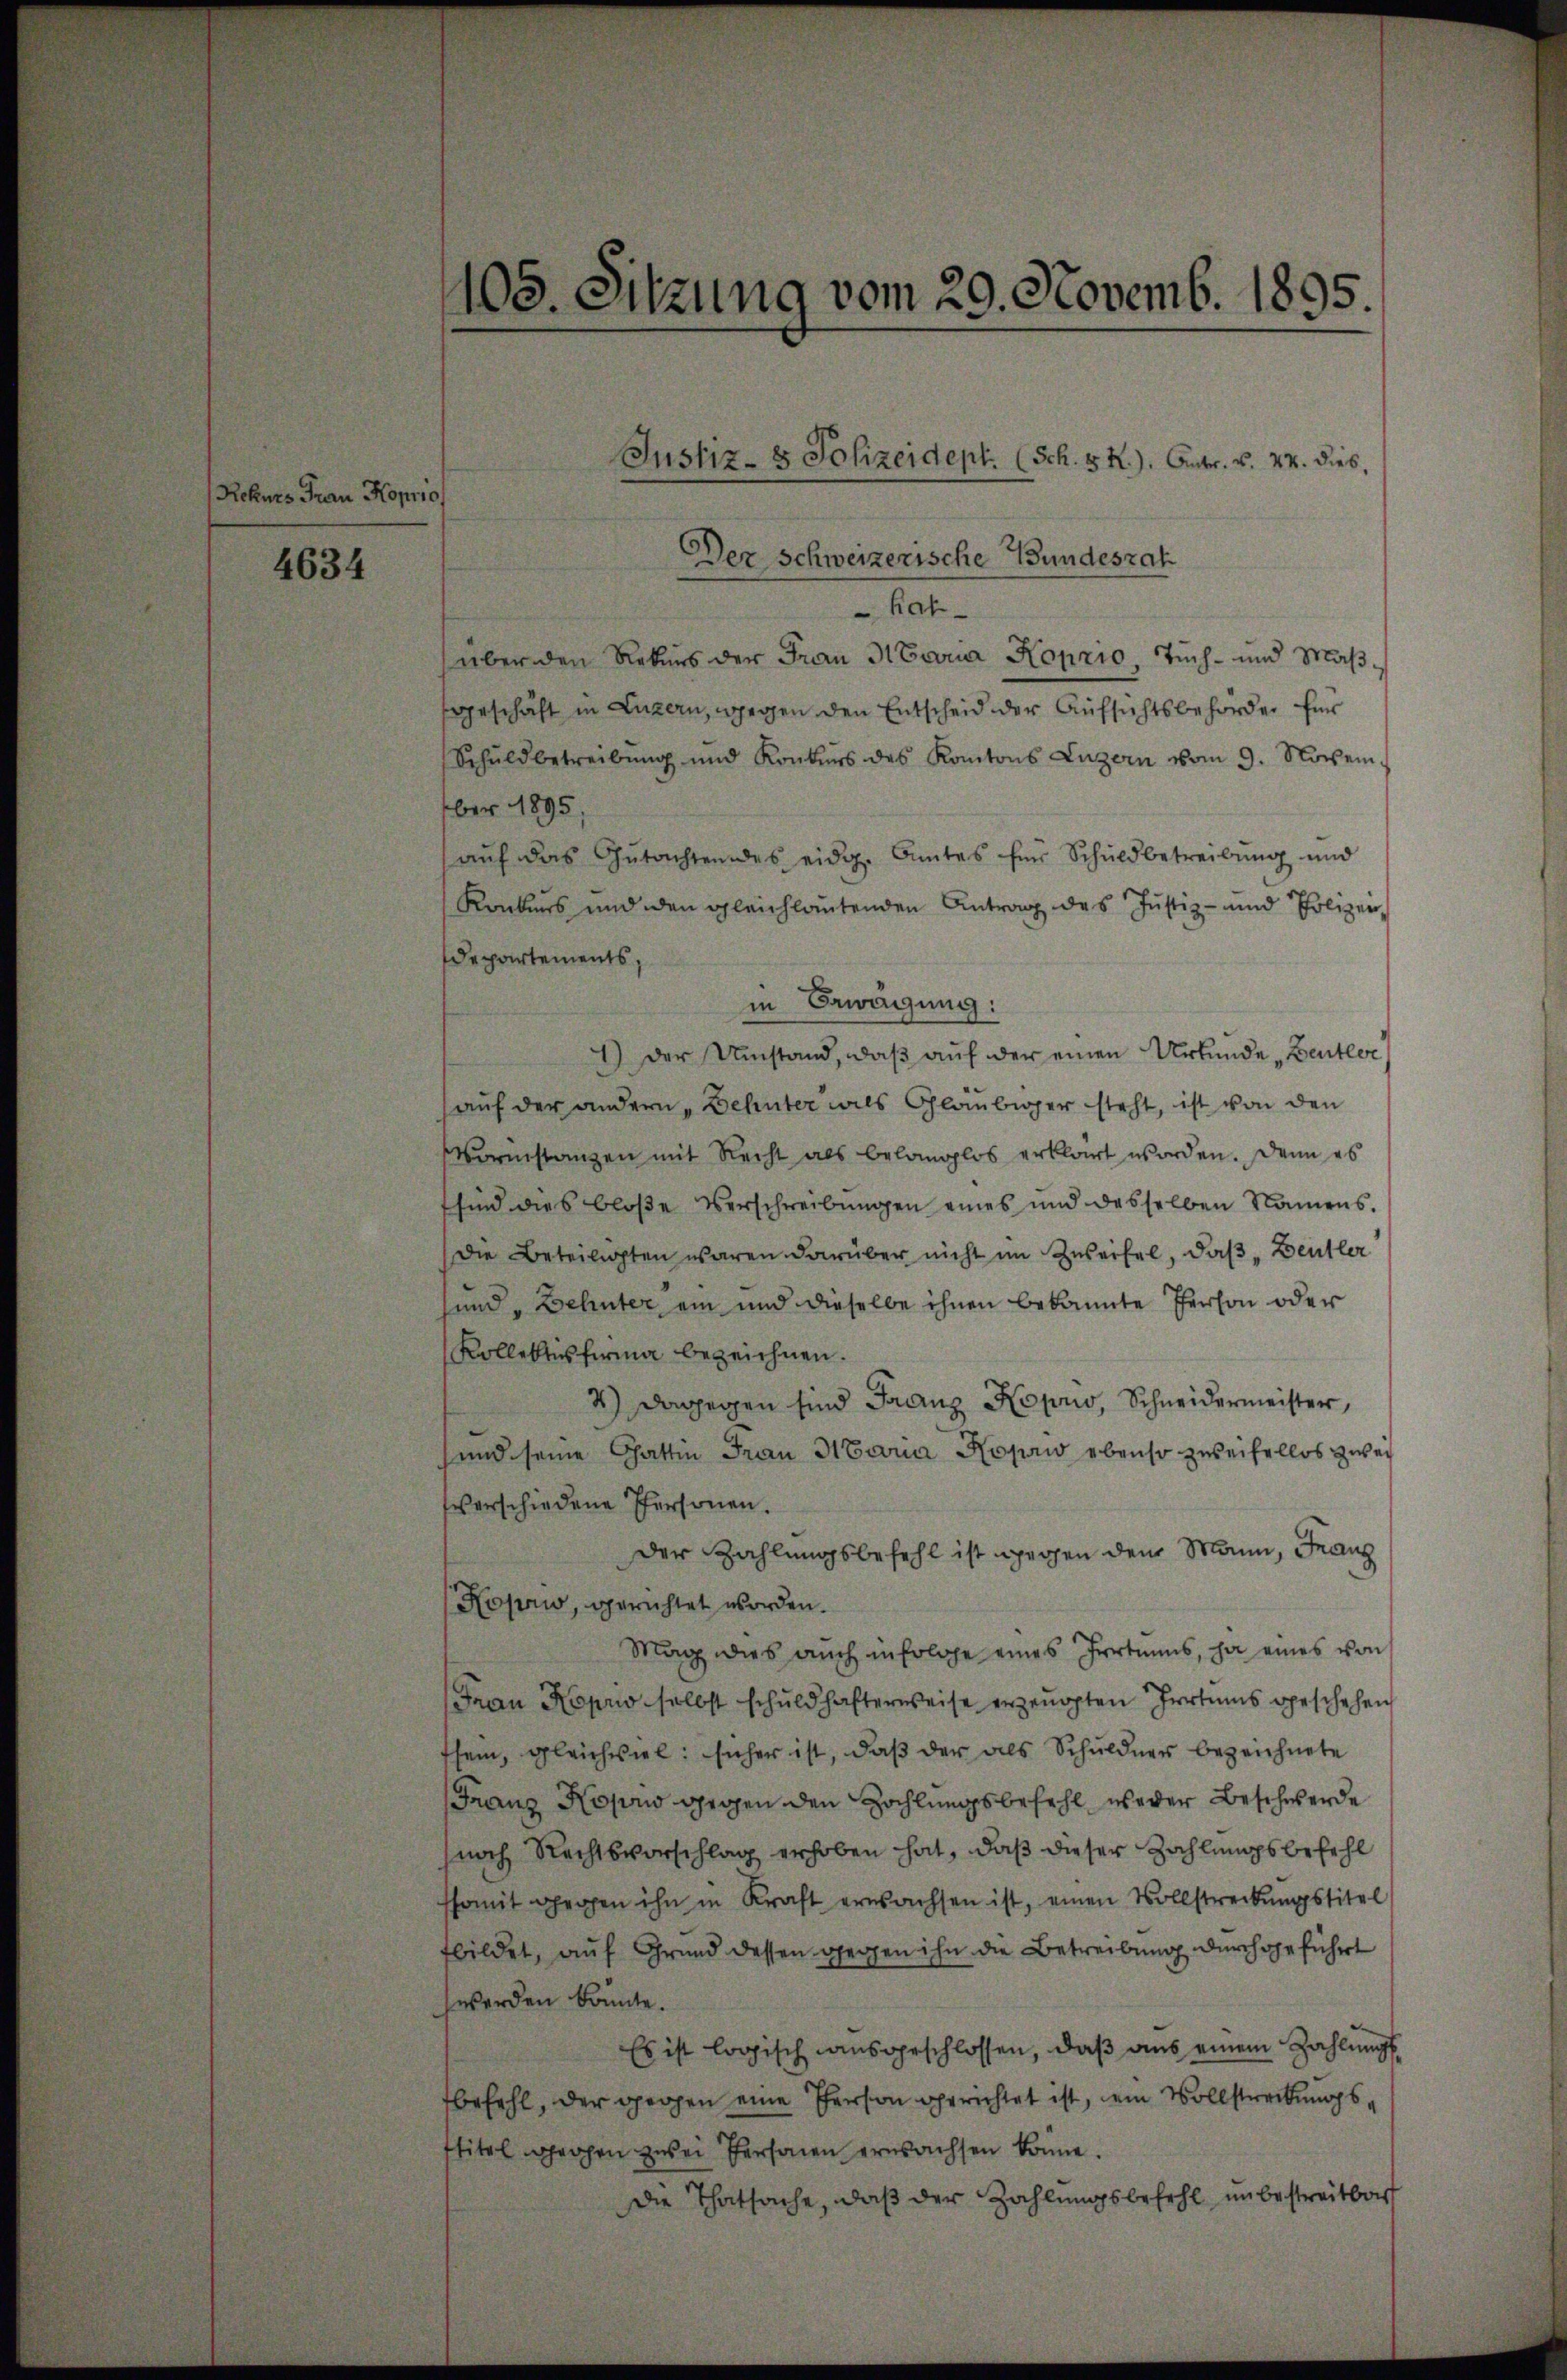
Rekurs Frau Koprio

4634

Der Schweizerische Bundesrat
Kat
über den Rekurs der Frau Maria Koprio, Tuch- und Maßgeschäft in Luzern, wegen den Entscheid der Aufsichtsbehörden für
Schŭldbetreibŭng und Konkurs des Kantons Luzern vom 9. November 1895,
aŭf das Gŭtachten des eidg. Amtes für Schuldbetreibŭng und
Konkurs und den gleichlautenden Antrag des Justiz- und Polizei¬
Departements,
in Erwägung:
1.) Der Umstand, daβ aŭf der einen Urkunde Beutter
auf der andern Zehnter als Gläubiger steht, ist von den
Vorinstanzen mit Recht als belanglos erklärt worden. Denn es
sind dies bloße Verschreibŭngen eines und desselben Namens.
Die Beteiligten waren darüber nicht im Zweifel, daβ "Deutler
sund "Behnter ein und dieselbe ihnen bekannte Person oder
Kollektus firma bezeichnen.
4) Dagegen sind Franz Koprio, Schneidermeister,
und seine Gattin Frau Maria Kopei ebenso zweifellos zwei
verschiedene Personen.
der Zahlungsbefehl ist gegen dem Mann, Franz
Koprw, gerichtet worden.
Mag dies auch infolge eines Irrtums, ja eines von
Frau Koprio selbst schuldhafterweise erzeugten Irrtums geschehen
sein, gleichviel: sicher ist, daß der als Schuldner bezeichnete
Franz Koprio gegen den Zahlungsbefehl weder Beschwerde
noch Rechtsvorschlag erhoben hat, daß dieser Zahlungsbefehl
ssomit gegen ihn in Kraft erwachsen ist, einen Vollstreibŭngstitel
fbildet, auf Grund dessen gegen ihn die Betreibung durchgeführt
werden könnte.
Es ist logisch ausgeschlossen, daß aus einem Zahlungsbefehl, der gegen eine Person gerichtet ist, ein Vollstreckungsttitel gegen zwei Personen erwachsen könne.
die Thatsache, daß der Zahlungsbefehl unbestreitbar

105. Sitzung vom 29. Novemb. 1895.

Justiz- & Polizeidept. (Sch. S. R.). Antr. v. 24. dies,